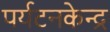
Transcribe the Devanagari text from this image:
पर्यटनकेन्द्र